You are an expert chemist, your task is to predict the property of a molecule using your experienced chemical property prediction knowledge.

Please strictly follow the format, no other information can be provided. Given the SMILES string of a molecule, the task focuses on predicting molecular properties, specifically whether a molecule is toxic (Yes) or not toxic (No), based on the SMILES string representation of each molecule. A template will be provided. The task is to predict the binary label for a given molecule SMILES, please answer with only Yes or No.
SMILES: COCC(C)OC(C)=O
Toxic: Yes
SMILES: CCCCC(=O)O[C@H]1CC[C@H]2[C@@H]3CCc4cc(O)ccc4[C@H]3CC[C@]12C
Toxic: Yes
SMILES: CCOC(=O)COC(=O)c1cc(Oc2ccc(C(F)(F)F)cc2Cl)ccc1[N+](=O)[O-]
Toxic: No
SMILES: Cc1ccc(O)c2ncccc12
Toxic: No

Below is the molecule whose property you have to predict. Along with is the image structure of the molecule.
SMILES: CCCCOC(=O)CCC(C)=O
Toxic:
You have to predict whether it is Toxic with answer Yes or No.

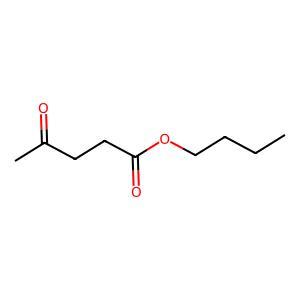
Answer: No